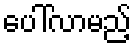
ပေါ်လာမည့်